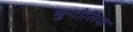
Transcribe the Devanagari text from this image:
भुगौलिक